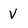
Character: V